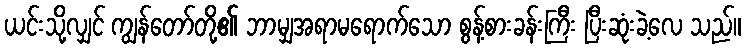
ယင်းသို့လျှင် ကျွန်တော်တို့၏ ဘာမျှအရာမရောက်သော စွန့်စားခန်းကြီး ပြီးဆုံးခဲ့လေ သည်။